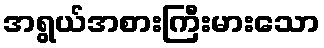
အရွယ်အစားကြီးမားသော